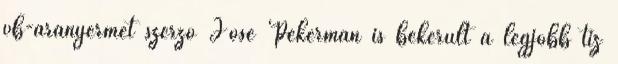
vb-aranyérmet szerző José Pekerman is bekerült a legjobb tíz